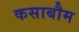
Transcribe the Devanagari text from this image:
कसाबौम